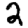
Digit: 2